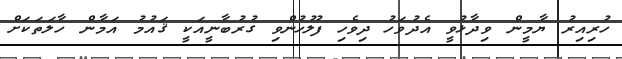
ހުރިއިރު ޔާމީން ވިދާޅުވީ އެދުވަހު ދިވެހި ފުލުހުންވި ގުރުބާނީއަކީ ޤައުމު އަމާން ހާލަތަކަށް